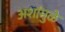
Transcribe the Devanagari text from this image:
अशांमुळे